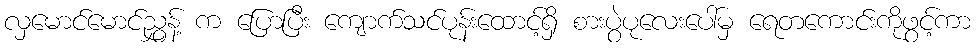
လှမောင်မောင်ညွှန့် က ပြောပြီး ကျောက်သင်ပုန်းထောင့်ရှိ စားပွဲပုလေးပေါ်မှ ရေတကောင်းကိုဖွင့်ကာ